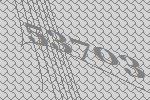
53703